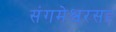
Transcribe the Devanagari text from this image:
संगमेश्वरसह